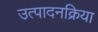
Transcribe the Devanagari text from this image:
उत्पादनक्रिया